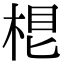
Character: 𣒨